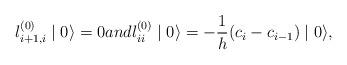
LaTeX: \begin{align*}l_{i+1,i}^{(0)}\mid0\rangle=0and l_{ii}^{(0)}\mid0\rangle=-\frac{1}{h}(c_{i}-c_{i-1})\mid0\rangle,\end{align*}